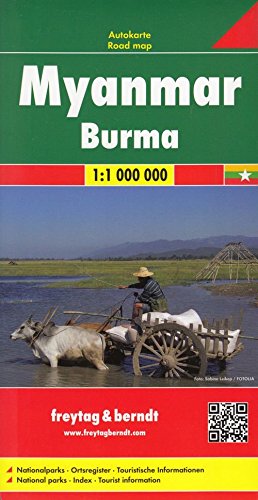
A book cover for Myanmar (Burma) Travel Road Map FB 1:1M 2015 (English, Spanish, French, Italian and German Edition); Freytag-Berndt; Travel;